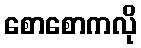
စောစောကလို